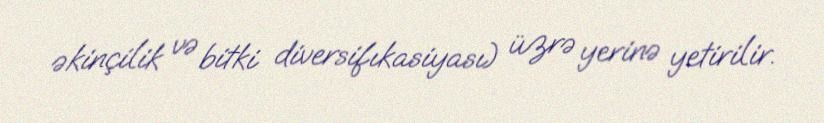
əkinçilik və bitki diversifıkasiyası) üzrə yerinə yetirilir.